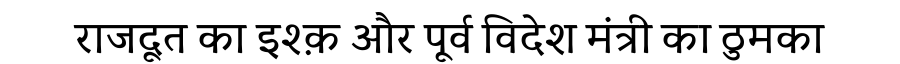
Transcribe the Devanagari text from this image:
राजदूत का इश्क़ और पूर्व विदेश मंत्री का ठुमका